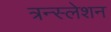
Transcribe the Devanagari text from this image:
त्रन्स्लेशन